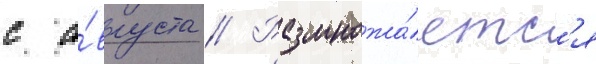
с а́вгуста // Размножа́етс'я